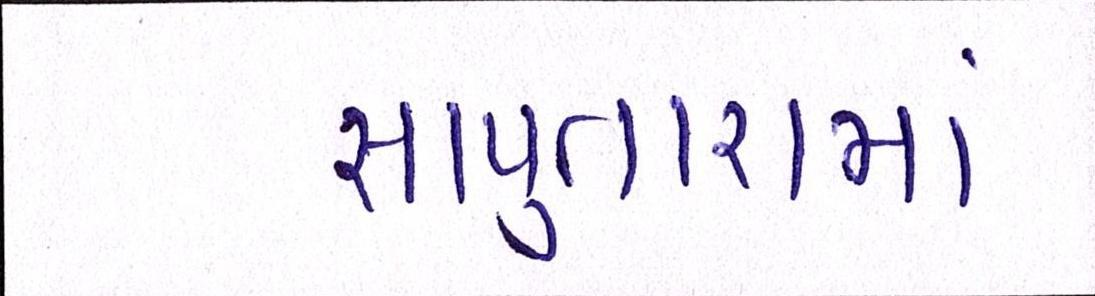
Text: સાપુતારામાં